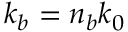
k _ { b } = n _ { b } k _ { 0 }